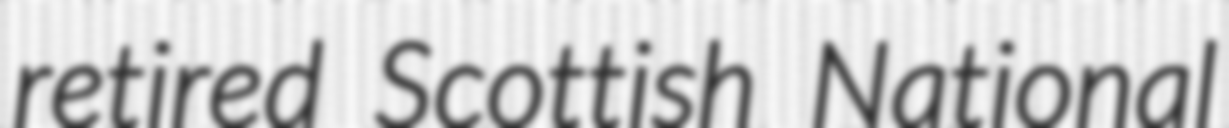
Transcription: retired Scottish National